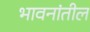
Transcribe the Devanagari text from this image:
भावनांतील